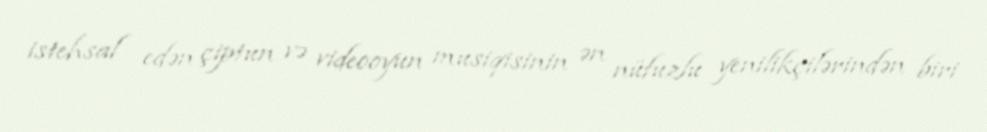
istehsal edən çiptun və videooyun musiqisinin ən nüfuzlu yenilikçilərindən biri